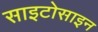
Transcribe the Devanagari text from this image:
साइटोसाइन